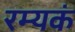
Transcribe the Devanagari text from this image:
रम्यकं